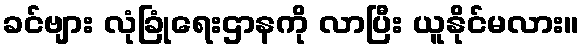
ခင်ဗျား လုံခြုံရေးဌာနကို လာပြီး ယူနိုင်မလား။